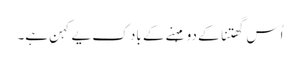
اُس گھتنا کے دو مہِنے کے باد کِ یے کہنِ ہے۔